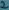
Text: 2